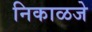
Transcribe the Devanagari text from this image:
निकाळजे